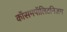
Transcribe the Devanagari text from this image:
कॉसमपॉलिटनिज़म